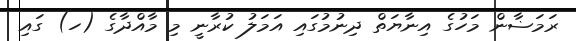
ރަމަޟާން މަހުގެ އިނާޔަތް ދިނުމުގައި އަމަލު ކުރާނީ މި މާއްދާގެ (ހ) ގައި